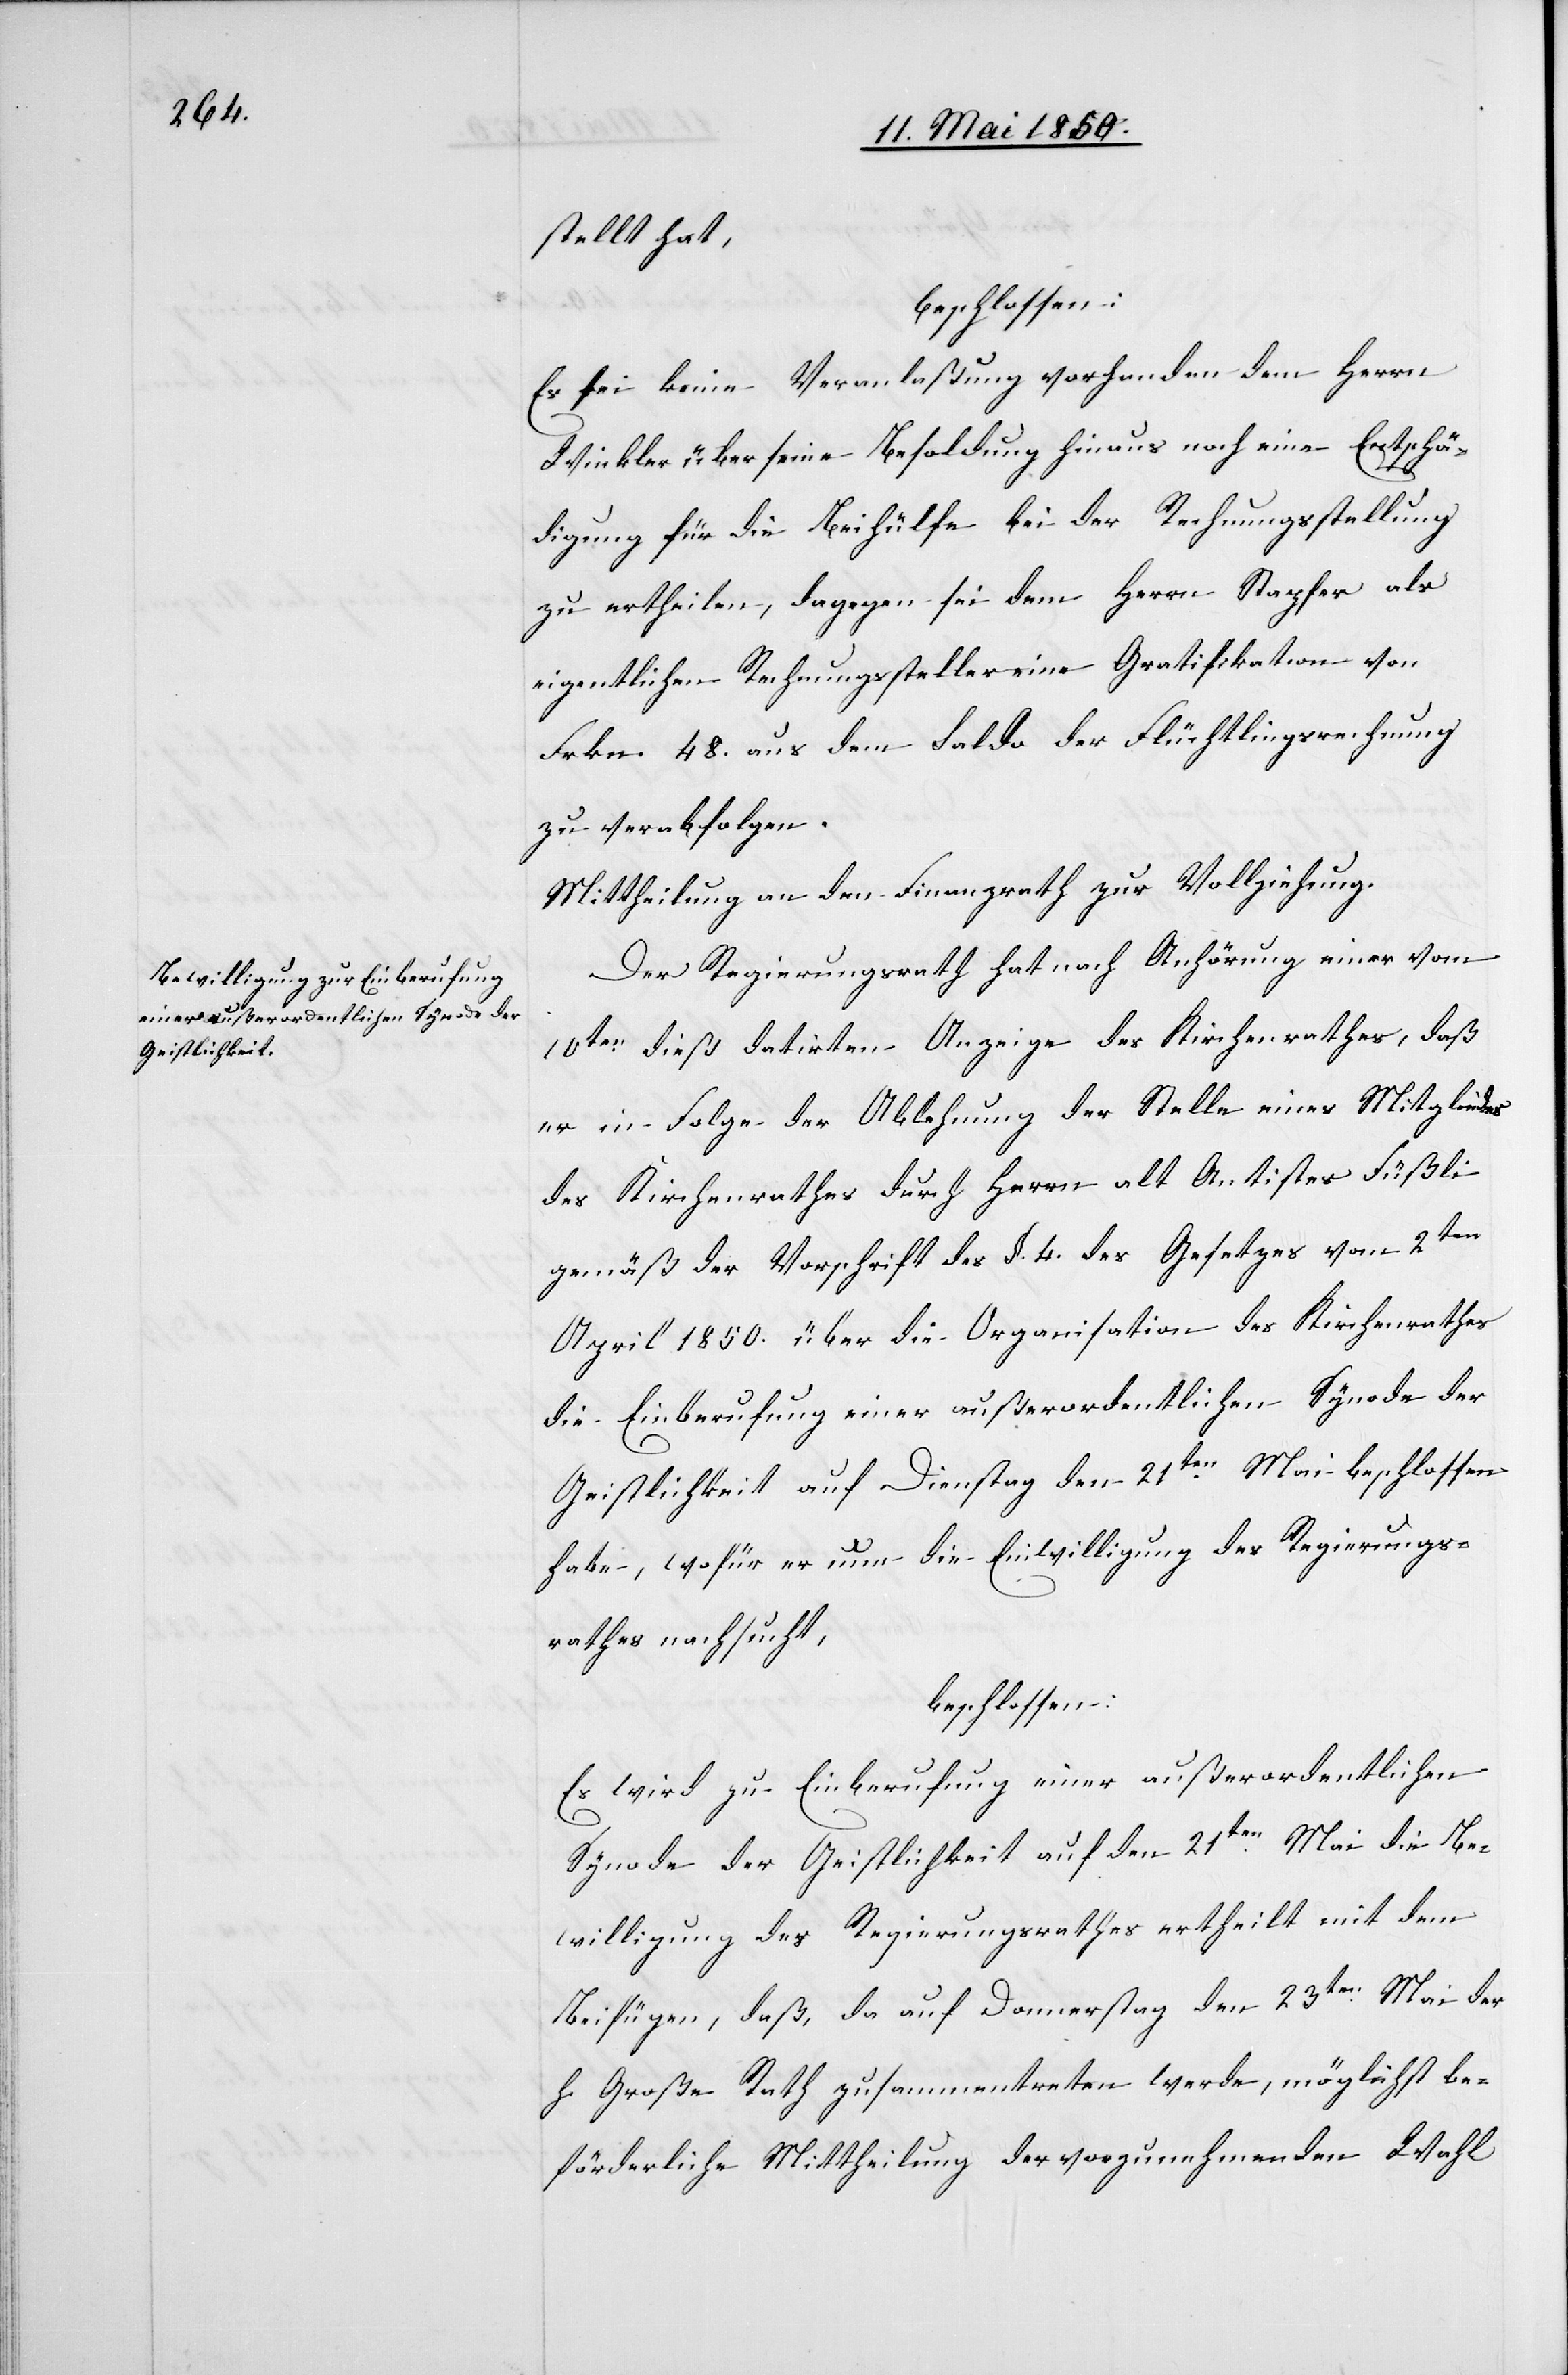
stellt hat,
beschlossen:
Es sei keine Veranlaßung vorhanden dem Herrn
Winkler über seine Besoldung hinaus noch eine Entschä¬
digung für die Beihülfe bei der Rechnungsstellung
zu ertheilen, dagegen sei dem Herrn Stapfer als
eigentlichen Rechnungssteller eine Gratifikation von
Frkn. 48. aus dem Saldo der Flüchtlingsrechnung
zu verabfolgen.
Mittheilung an den Finanzrath zur Vollziehung.
Der Regierungsrath hat nach Anhörung einer vom
10ten dieß datirten Anzeige des Kirchenrathes, daß
er in Folge der Ablehnung der Stelle eines Mitgliedes
des Kirchenrathes durch Herrn alt Antistes Füßli
gemäß der Vorschrift des §. 4. des Gesetzes vom 2ten
April 1850. über die Organisation des Kirchenrathes
die Einberufung einer außerordentlichen Synode der
Geistlichkeit auf Dienstag den 21ten Mai beschlossen
habe, wofür er nun die Einwilligung des Regierungs¬
rathes nachsucht,
beschlossen:
Es wird zu Einberufung einer außerordentlichen
Synode der Geistlichkeit auf den 21ten Mai die Be¬
willigung des Regierungsrathes ertheilt mit dem
Beifügen, das, da auf Donnerstag den 23ten Mail der
h. Große Rath zusammentreten werde, möglichst be¬
förderliche Mittheilung der vorzunehmenden Wahl